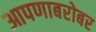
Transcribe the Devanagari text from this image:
आपणाबरोबर